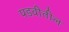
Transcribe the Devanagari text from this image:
पडवीतील